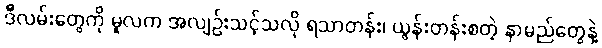
ဒီလမ်းတွေကို မူလက အလျဉ်းသင့်သလို ရသာတန်း၊ ယွန်းတန်းစတဲ့ နာမည်တွေနဲ့